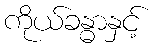
ကိုယ်ခန္ဓာနှင့်